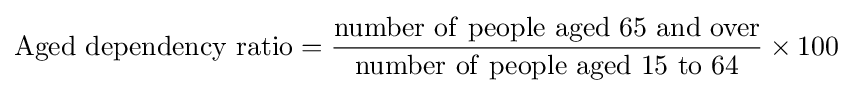
\mathrm {Aged\ dependency\ ratio} ={\frac {\mathrm {number\ of\ people\ aged\ 65\ and\ over} }{\mathrm {number\ of\ people\ aged\ 15\ to\ 64} }}\times 100